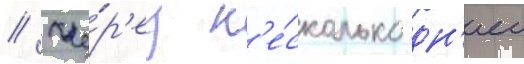
// Че́р'ез н'е́сколько дн'еи